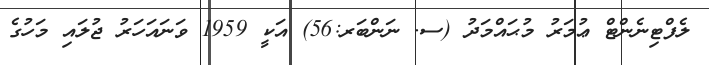
ލެފްޓިނެންޓް ޢުމަރު މުޙައްމަދު (ސ. ނަންބަރ:56) އަކީ 1959 ވަނައަހަރު ޖުލައިި މަހުގެ